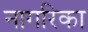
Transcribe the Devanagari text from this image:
नागरिका